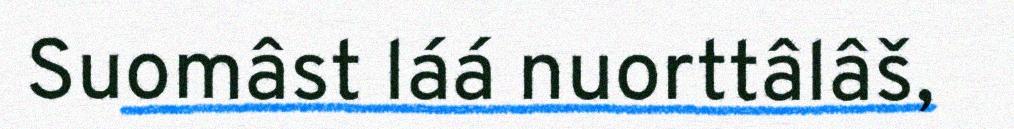
Suomâst láá nuorttâlâš,